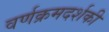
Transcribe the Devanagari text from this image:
वर्णक्रमदर्शकी